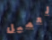
لعميل